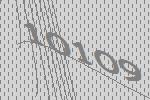
10109